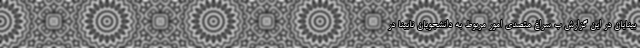
بینایان در این گزارش ب سراغ متصدی امور مربوط به دانشجویان نابینا در